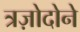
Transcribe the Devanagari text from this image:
त्रज़ोदोने